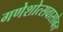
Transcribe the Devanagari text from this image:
गणेशोत्सवासोबत